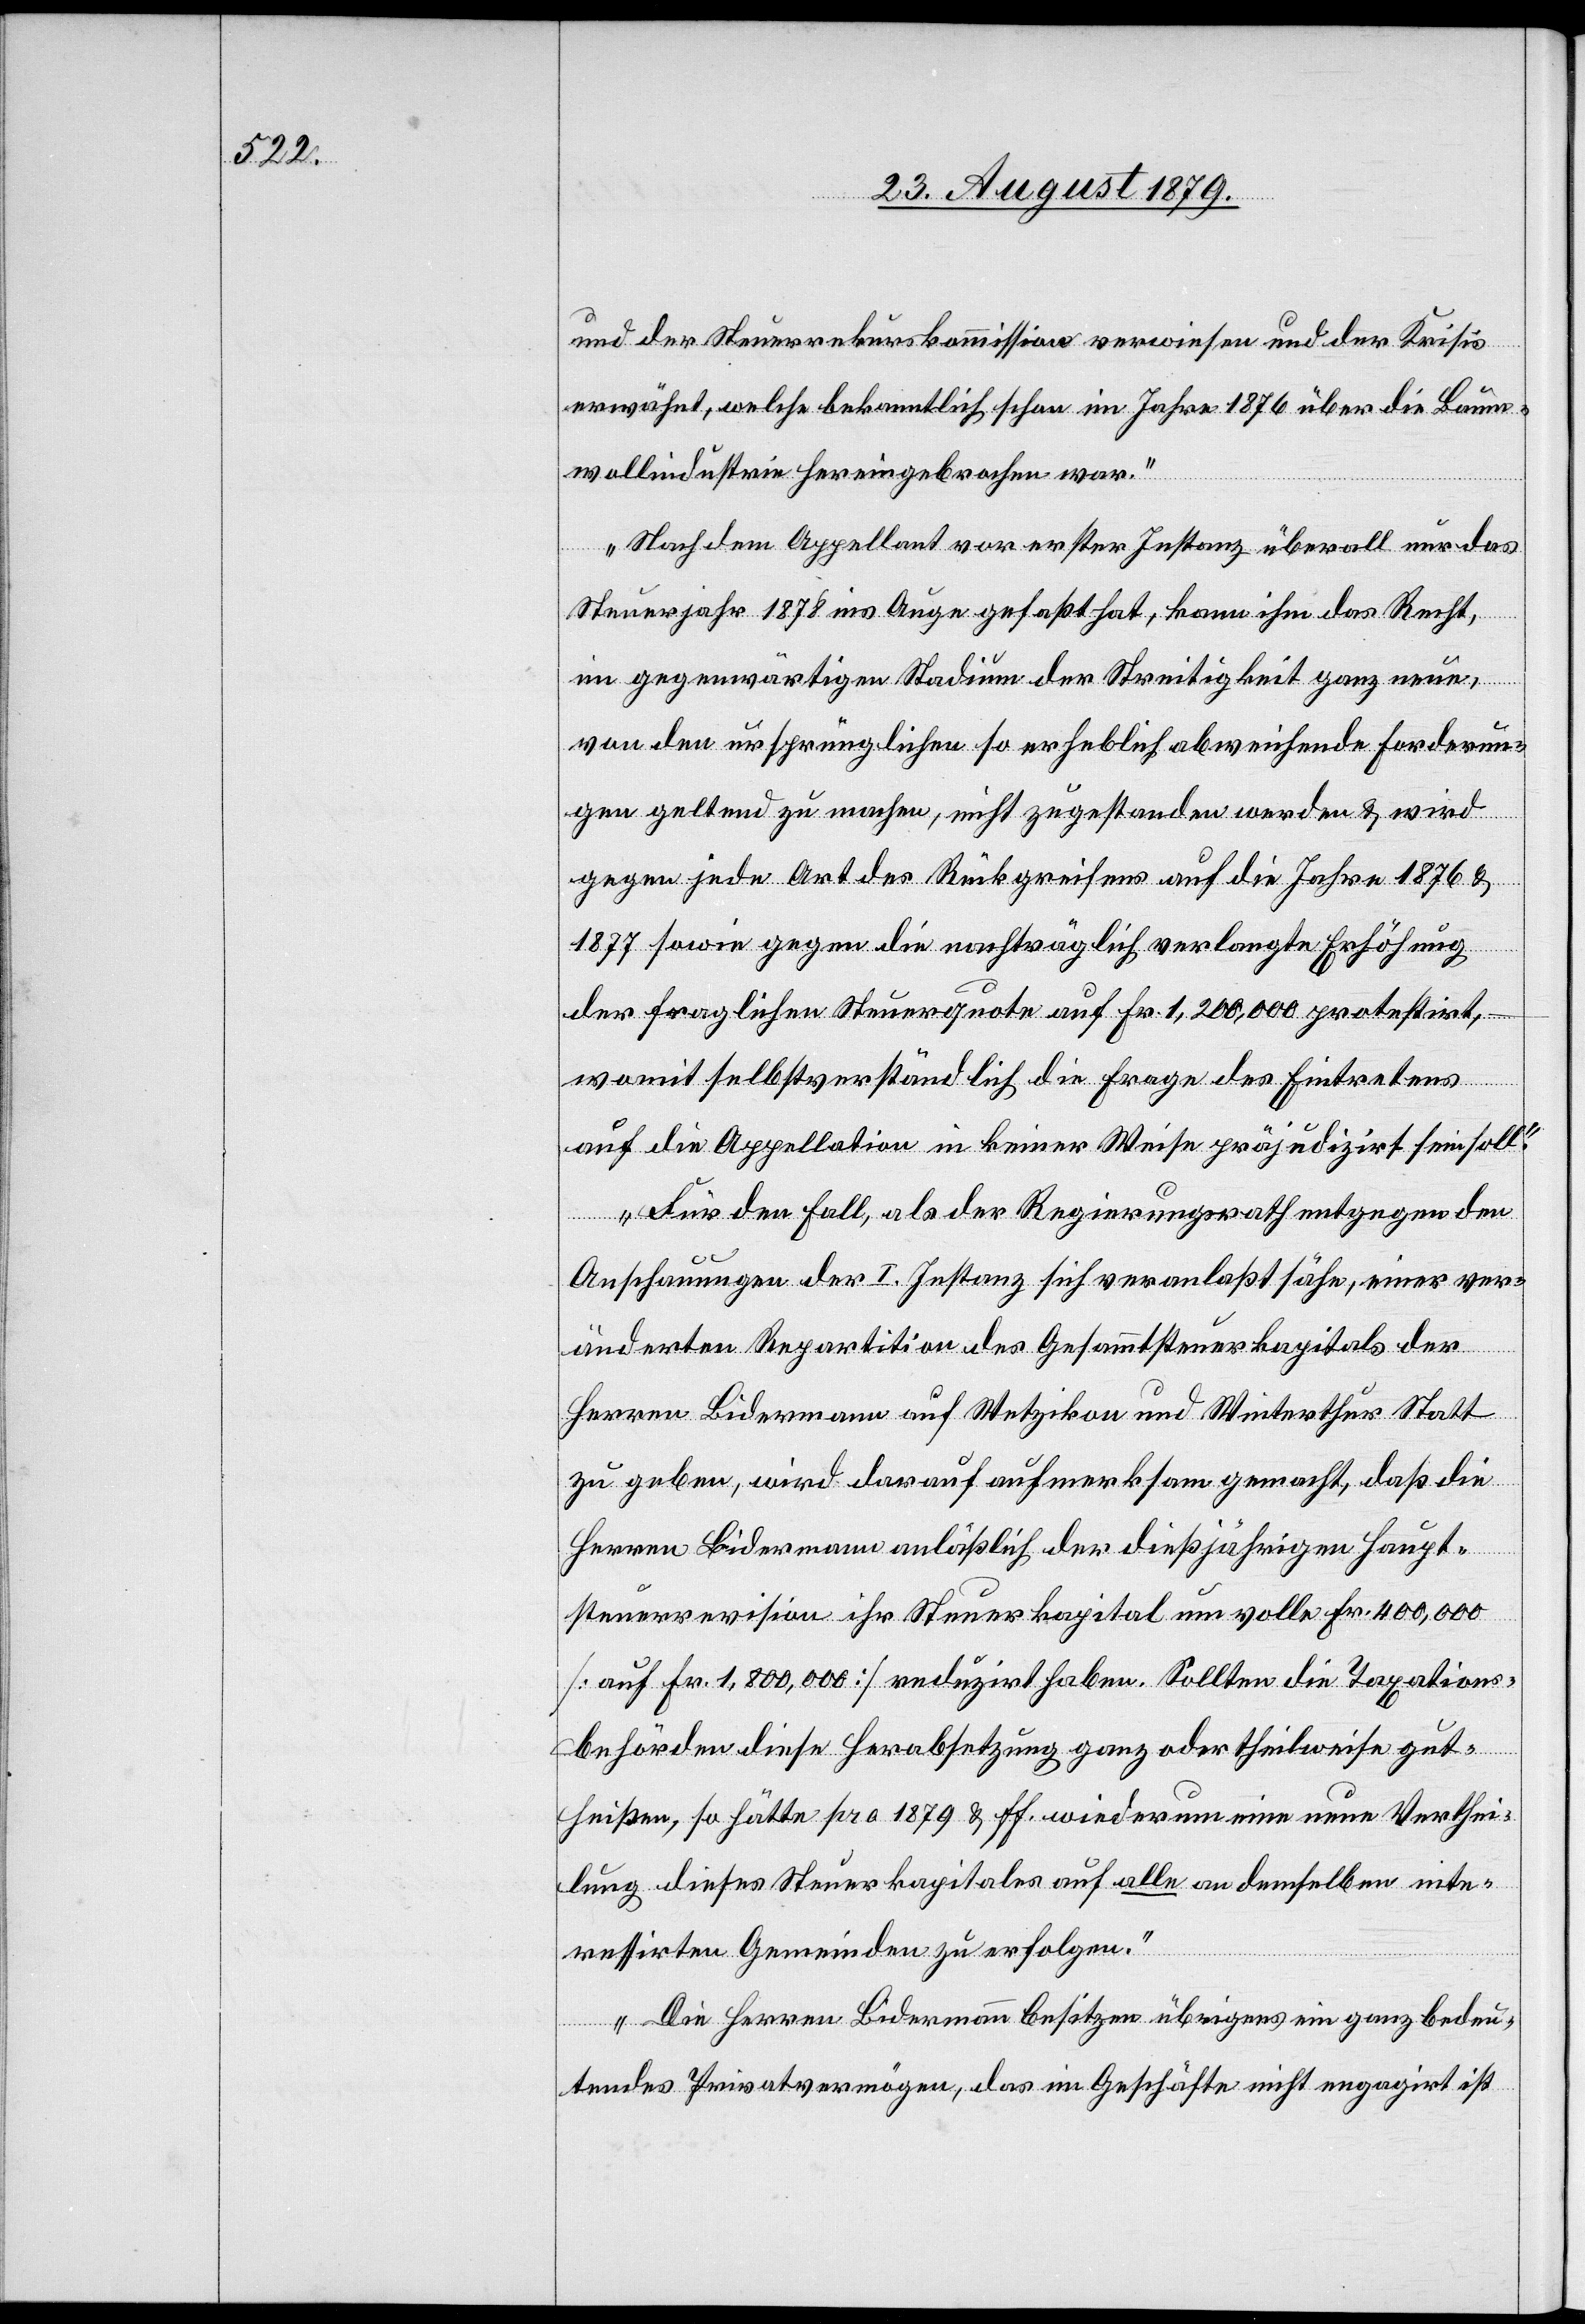
und der Steuerrekurskommission verwiesen und der Krisis
erwähnt, welche bekanntlich schon im Jahre 1876 über die Baum¬
wollindustrie hereingebrochen war.
Nachdem Appellant vor erster Instanz überall nur das
Steuerjahr 1878 ins Auge gefaßt hat, kann ihm das Recht,
im gegenwärtigen Stadium der Streitigkeit ganz neue,
von den ursprünglichen so erheblich abweichende Forderun¬
gen geltend zu machen, nicht zugestanden werden & wird
gegen jede Art des Rückgreifens auf die Jahre 1876 &
1877 sowie gegen die nachträglich verlangte Erhöhung
der fraglichen Steuerquote auf Fr. 1,200,000 protestirt,
–
womit selbstverständlich die Frage des Eintretens
auf die Appellation in keiner Weise präjudizirt sein soll.
Für den Fall, als der Regierungsrath entgegen den
Anschauungen der I. Instanz sich veranlaßt sähe, einer ver¬
änderten Repartition des Gesammtsteuerkapitals der
Herren Bidermann auf Wetzikon und Winterthur Statt
zu geben, wird darauf aufmerksam gemacht, daß die
Herren Bidermann anläßlich der dießjährigen Hautp¬
steuerrevision ihr Steuerkapital um volle Fr. 400,000
[auf Fr. 1,800,000] reduzirt haben. Sollten die Taxations¬
behörden diese Herabsetzung ganz oder theilweise gut¬
heißen, so hätte pro 1879 & ff. wiederum eine neue Verthei¬
lung dieses Steuerkapitales auf alle an demselben inte¬
ressirten Gemeinden zu erfolgen.
Die Herren Bidermann besitzen übrigens ein ganz bedeu¬
tendes Privatvermögen, das im Geschäfte nicht engagirt ist